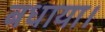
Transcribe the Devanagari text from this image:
बधाया।